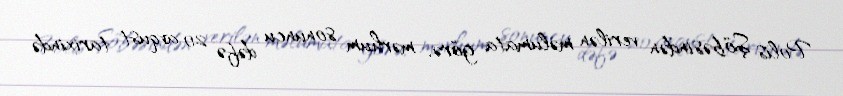
Polis Şöbəsindən verilən məlumata görə, mərhum sonuncu dəfə 20 avqust tarixində